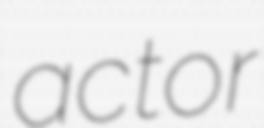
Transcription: actor